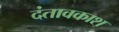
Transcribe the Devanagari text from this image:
दंतावकाश